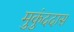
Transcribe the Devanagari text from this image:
मुकुंददास